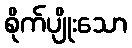
စိုက်ပျိုးသော